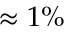
\approx 1 \%